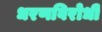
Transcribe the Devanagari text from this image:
धरणविरोधी